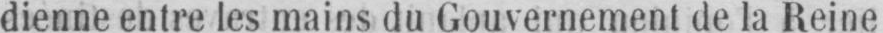
dienne entre les mains du Gouvernement de la Reine